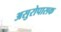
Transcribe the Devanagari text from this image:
असुरोपासक